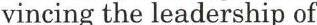
vincing the leadership of